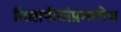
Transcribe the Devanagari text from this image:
विद्यापीठांप्रमाणेच